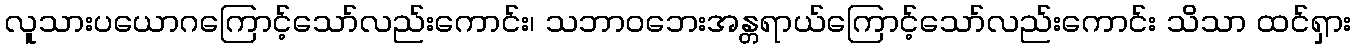
လူသားပယောဂကြောင့်သော်လည်းကောင်း၊ သဘာဝဘေးအန္တရာယ်ကြောင့်သော်လည်းကောင်း သိသာ ထင်ရှား